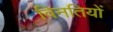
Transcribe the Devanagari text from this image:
विनतियों